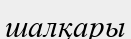
шалқары